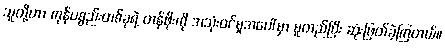
သူတို့ဟာ ကုန်ပစ္စည်းတစ်ခုရဲ့ တန်ဖိုးကို အသုံးဝင်မှုအပေါ်မှာ မူတည်ပြီး ဆုံးဖြတ်ခဲ့ကြတယ်။